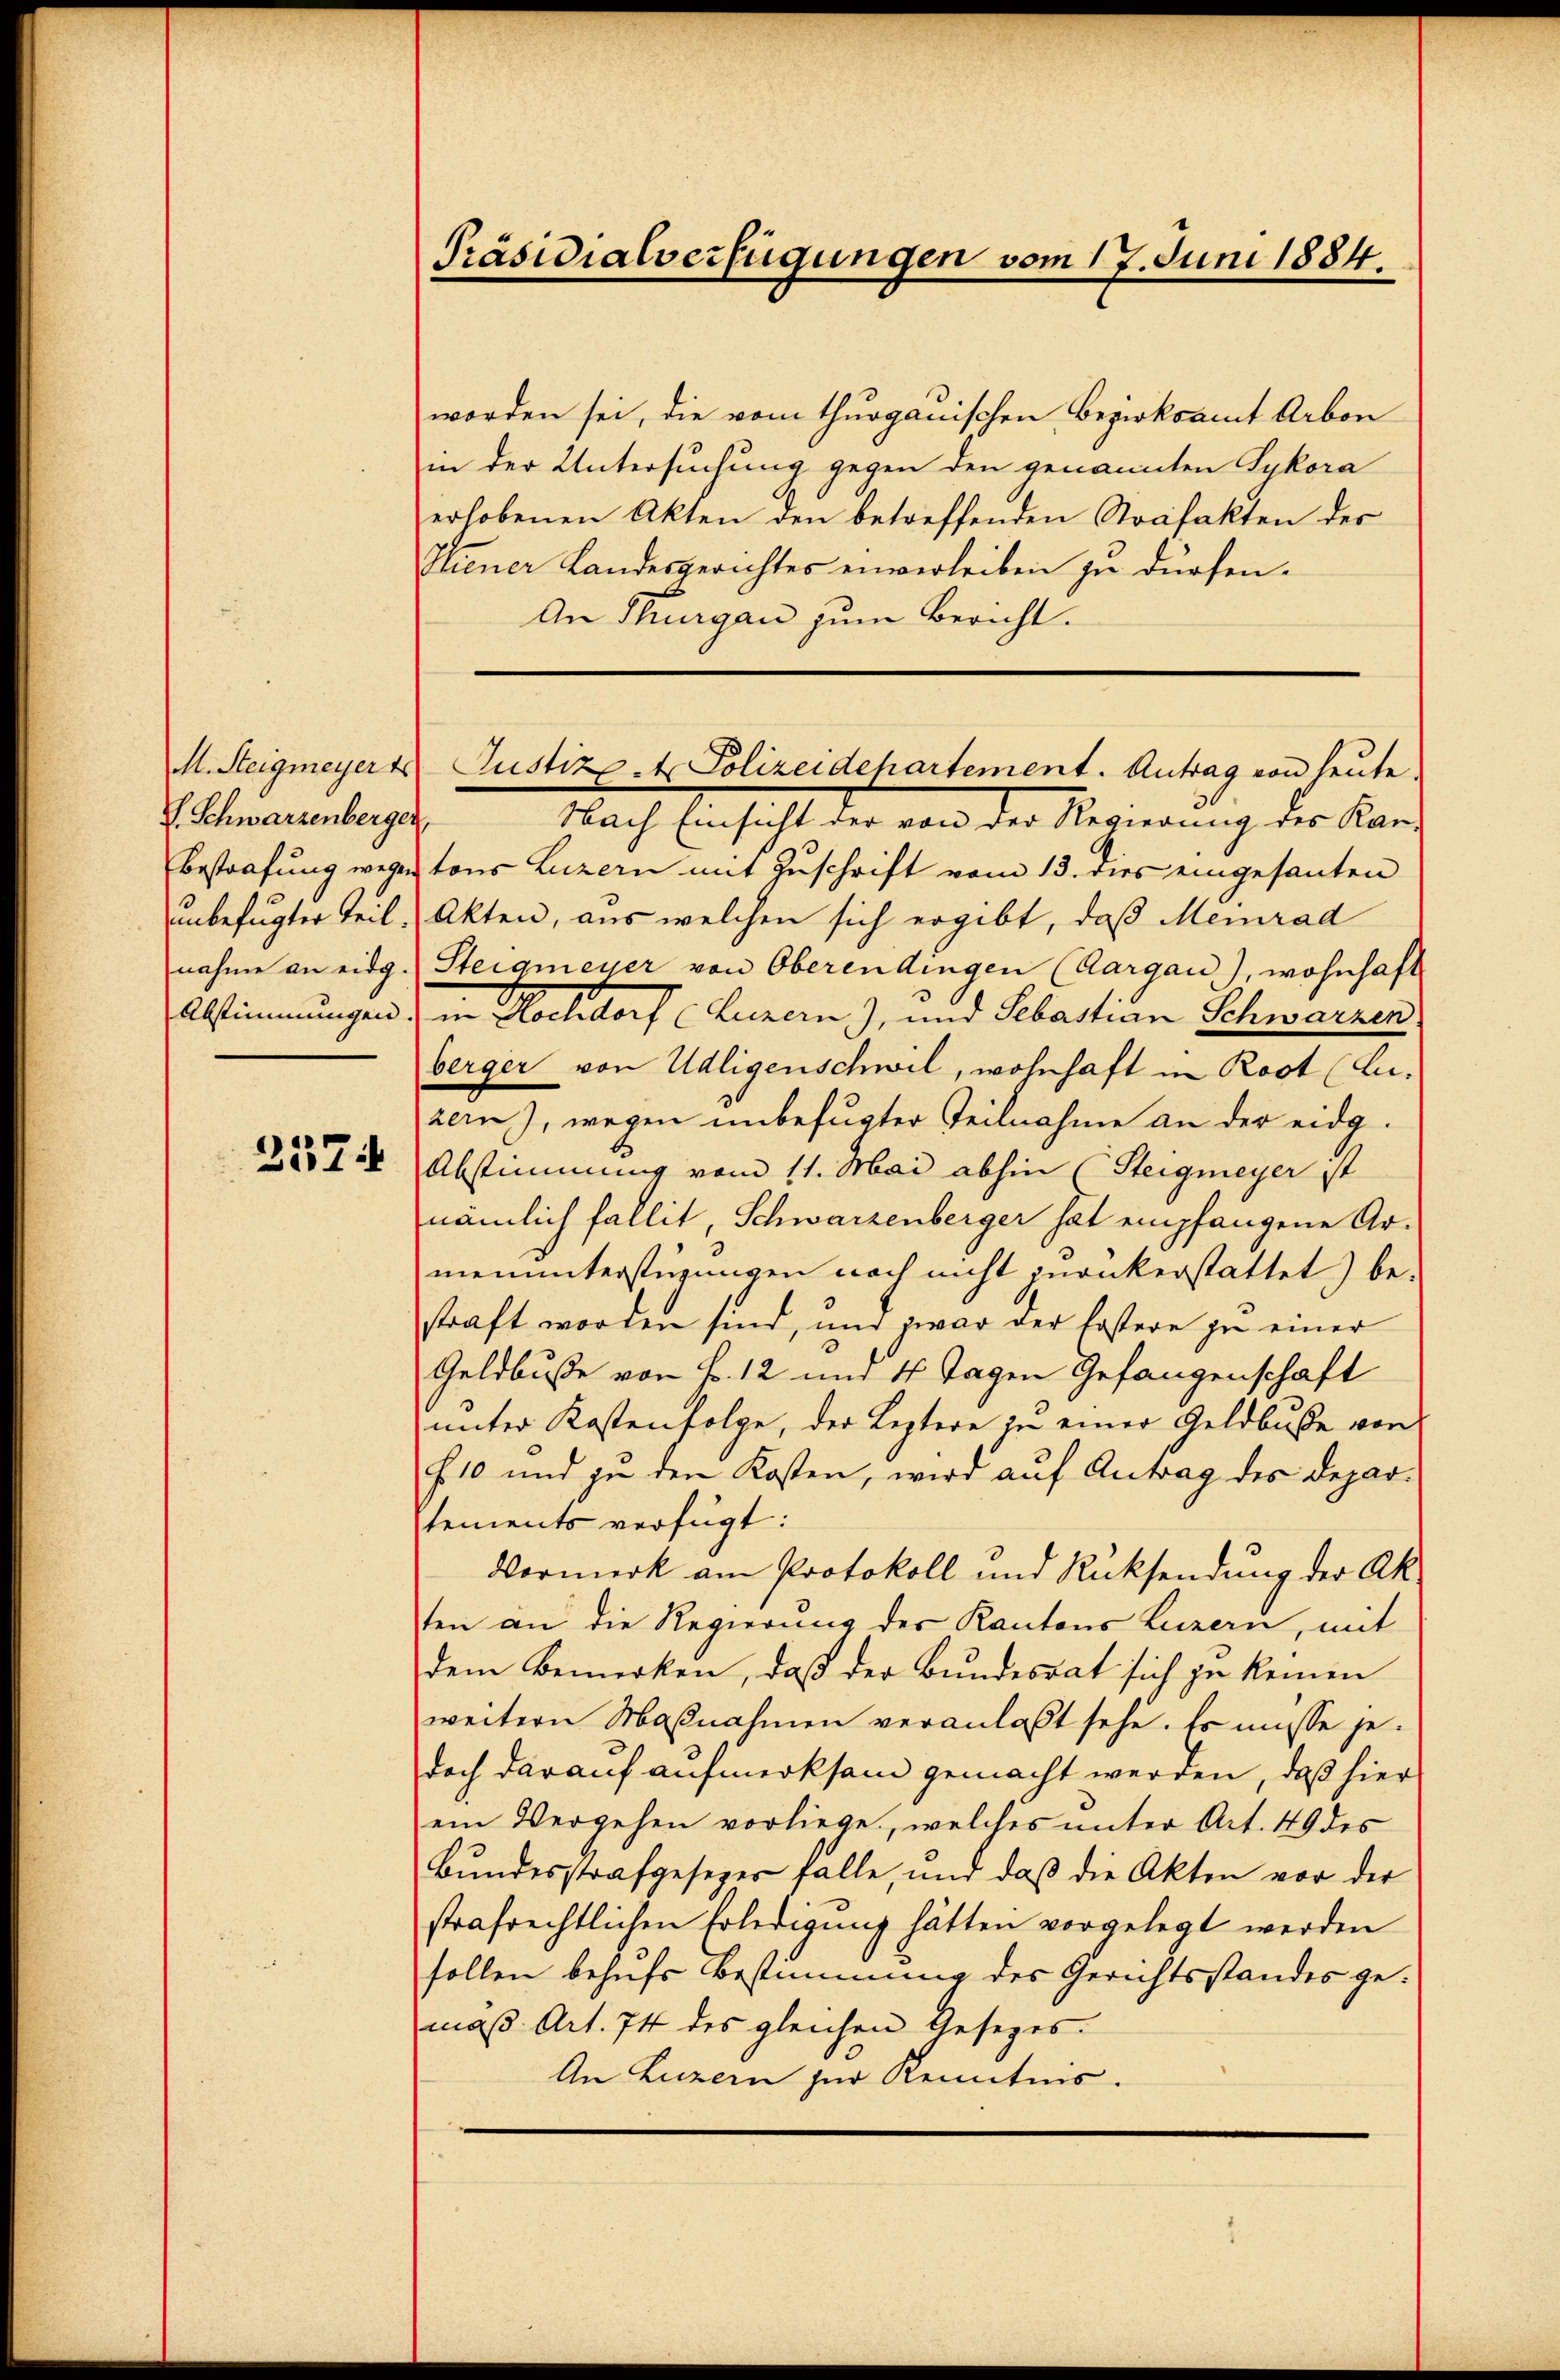
V. Schwarzenberger

257:

Präsidialverfügungen vom 17. Juni 1884.

worden sei, die vom thurgauischen Bezirksamt Arbon
in der Untersuchung gegen den genannten Sykora
erhobenen Akten den betreffenden Strafakten des
Hiener Landesgerichtes enverleiben zu dürfen.
An Thurgau zum Bericht.

Nach Einsicht der von der Regierung des Kan-
Bestrafung wegen tous Luzern mit Zuschrift vom 13. dies eingesanten
unbefugter Teil. Akten, aus welchen sich ergibt, daß Meinrad
nahme an eidg. Steigmeyer von Oberendingen (Aargau), wohnhaft
Abstimmungen in Hochdorf (Luzern), und Sebastian Schwarzen
berger von Udligenschwil, wohnhaft in Rost (Luzein), wegen unbefugter Teilnahme an der eidg.
Abstimmung vom 11. Mai abhin (Steigmeyer ist
nämlich fallit, Schwarzenberger hat empfangene Armenunterstüzungen noch nicht zurückerstattet) be-
straft worden sind, und zwar der Erstere zu einer
Geldbuße von Fr. 12 und 4 Tagen Gefangenschaft
unter Kostenfolge, der Leztere zu einer Geldbuße von
f 10 und zu den Kosten, wird auf Antrag des Departements verfügt:
Vormerk am Protokoll und Rücksendung der Ak
ten an die Regierung der Kantons Luzern, mit
dem Bemerken, daß der Bundesrat sich zu keinen
weitern Maßnahmen veranlaßt sehe. Es müsse jedoch darauf aufmerksam gemacht werden, daß hier
ein Vergehen vorliege, welches unter Art. 49 des
Bŭndesstrafgesezes falle, und daβ die Akten vor der
strafrechtlichen Erledigung hätten vorgelegt werden
sollen behufs Bestimmung des Gerichtsstandes gemaß Art. 74 des gleichen Gesezes-
An Luzern zur Kenntnis.

M. Steigmeyer Justiz- & Polizeidehartement. Antrag von heute.